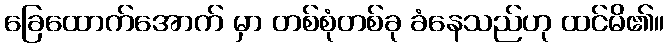
ခြေထောက်အောက် မှာ တစ်စုံတစ်ခု ခံနေသည်ဟု ထင်မိ၏။